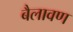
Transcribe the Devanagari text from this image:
बैलावण